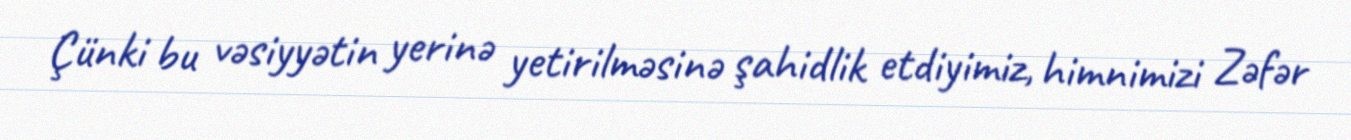
Çünki bu vəsiyyətin yerinə yetirilməsinə şahidlik etdiyimiz, himnimizi Zəfər